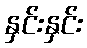
နှင်းနှင်း